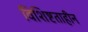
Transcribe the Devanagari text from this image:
विशिष्टताहीन